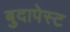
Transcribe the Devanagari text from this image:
बुदापेस्ट